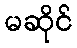
မဆိုင်